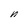
Character: n